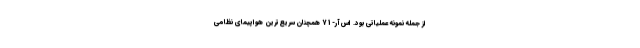
از جمله نمونه عملیاتی بود. اس‌آر-71 همچنان سریع‌ترین هواپیمای نظامی